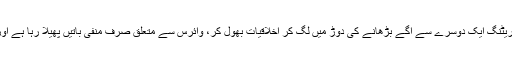
بجائے اسکے کہ میڈیا لوگوں کے دلوں سے خوف کو ختم کرنے کےلیے مثبت خبریں پیش کرے ……. اپنی ریٹنگ ایک دوسرے سے اگے بڑھانے کی دوڑ میں لگ کر اخلاقیات بھول کر، وائرس سے متعلق صرف منفی باتیں پھیلا رہا ہے اور صرف چینلز ہی نہیں بلکہ اخبارات، رسائل، سوشل میڈیا سب پر ایک ہی طرز کی خبریں گردش کر رہی ہیں۔